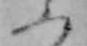
ふ